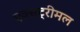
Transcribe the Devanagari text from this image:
एक्सट्रीमल